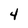
Character: 4